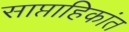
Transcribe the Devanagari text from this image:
साप्ताहिकांत